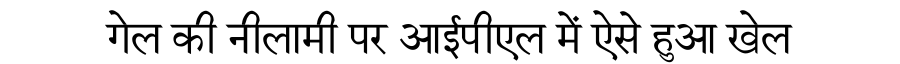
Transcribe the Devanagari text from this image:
गेल की नीलामी पर आईपीएल में ऐसे हुआ खेल